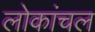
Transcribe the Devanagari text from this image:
लोकांचल